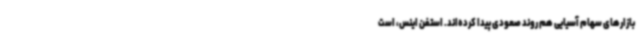
بازارهای سهام آسیایی هم روند صعودی پیدا کرده‌اند. استفن اینس، است